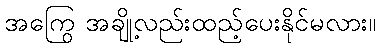
အကြွေ အချို့လည်းထည့်ပေးနိုင်မလား။